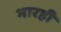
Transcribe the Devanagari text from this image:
भारही